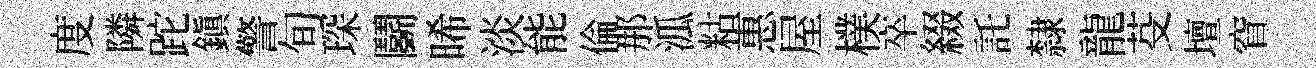
度隣跎鎮警旬琛鬬晞淡能倫那泒䊀惠屋樸卒綴託隸龍芟壇窅